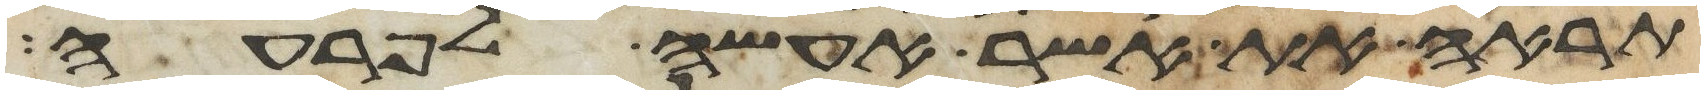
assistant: תראה את אשר אעשה לפרעה